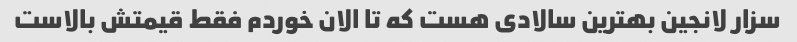
سزار لانجین بهترین سالادی هست که تا الان خوردم فقط قیمتش بالاست